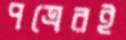
পত্রেরই